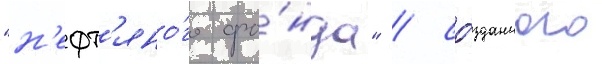
"н'ефт'яно́го фо́нда" / со́зданного